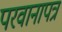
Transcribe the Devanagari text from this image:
परवानापत्र